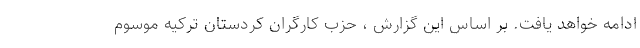
ادامه خواهد یافت. بر اساس این گزارش ،‌ حزب کارگران کردستان ترکیه موسوم